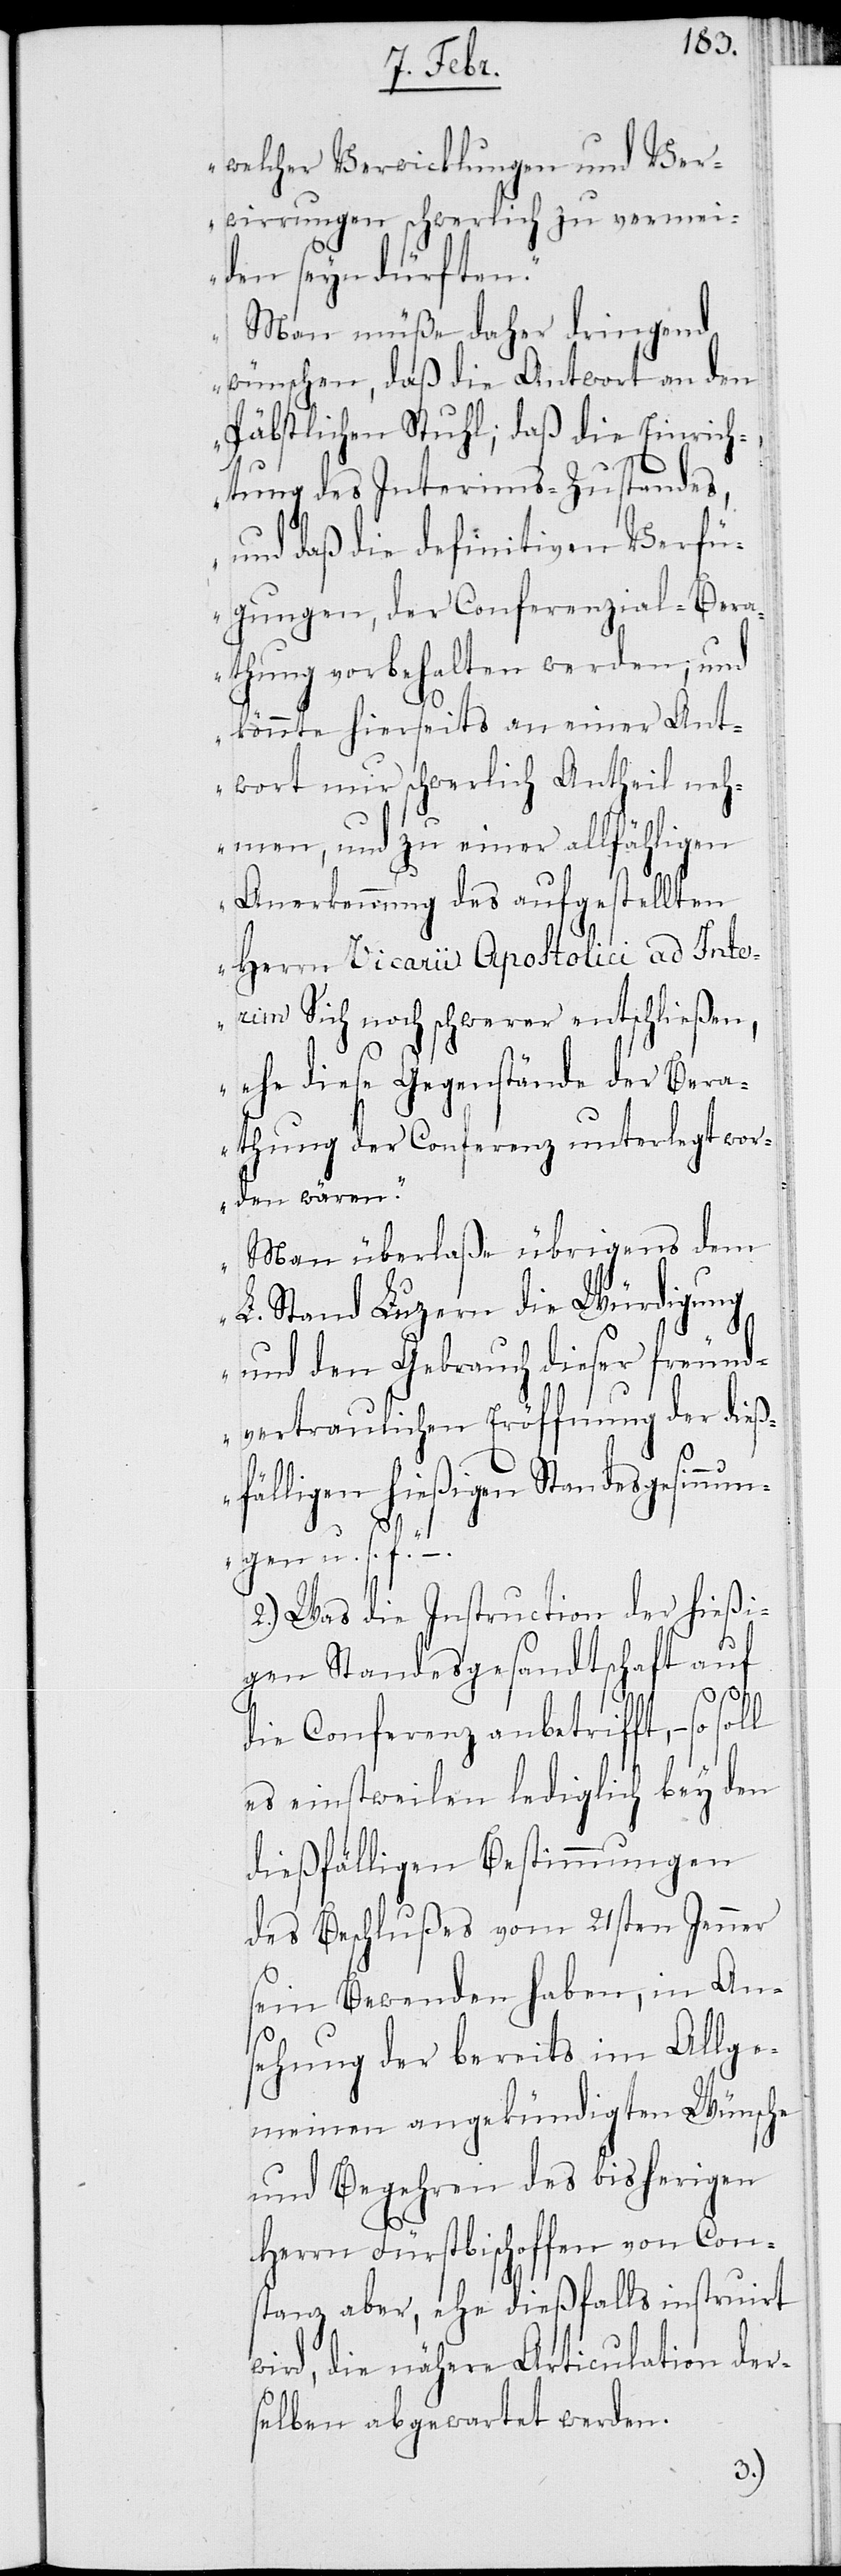
welcher Verwicklungen und Ver¬
wirrungen schwerlich zu vermei¬
den seyn dürften.
Man müße daher dringend
wünschen, daß die Antwort an den
Päbstlichen Stuhl; daß die Einrich¬
tung des Interims-Zustandes,
und daß die definitiven Verfü¬
gungen, der Conferenzial-Bera¬
thung vorbehalten werden; und
könnte hierseits an einer Ant¬
wort nur schwerlich Antheil neh¬
men, und zu einer allfähligen
Anerkennung des aufgestellten
Herrn Vicarii Apostolici ad Inte¬
rim Sich noch schwerer entschließen,
ehe diese Gegenstände der Bera¬
thung der Conferenz unterlegt wor¬
Man überlaße übrigens dem
L. Stand Luzern die Würdigung
und den Gebrauch dieser freund¬
vertraulichen Eröffnung der dieß¬
fälligen hießigen Standesgesinnun¬
gen u. s. f.“
2.) Was die Instruction der hießi¬
gen Standesgesandtschaft auf
die Conferenz anbetrifft, – so
es einstweilen lediglich bey den
dießfälligen Bestimmungen
des Beschlußes vom 21sten Jenner
sein Bewenden haben, in An¬
sehung der bereits im Allge¬
meinen angekündigten Wünsche
und Begehren des bisherigen
Herrn Fürstbischoffen von Con¬
stanz aber, ehe dießfalls instruirt
wird, die nähere Articulation der¬
selben abgewartet werden.